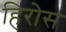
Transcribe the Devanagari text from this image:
हिरोस